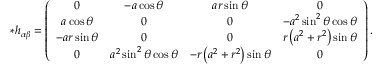
* h _ { \alpha \beta } = \left( \begin{array} { c c c c } { 0 } & { - a \cos \theta } & { a r \sin \theta } & { 0 } \\ { a \cos \theta } & { 0 } & { 0 } & { - a ^ { 2 } \sin ^ { 2 } \theta \cos \theta } \\ { - a r \sin \theta } & { 0 } & { 0 } & { r \left( a ^ { 2 } + r ^ { 2 } \right) \sin \theta } \\ { 0 } & { a ^ { 2 } \sin ^ { 2 } \theta \cos \theta } & { - r \left( a ^ { 2 } + r ^ { 2 } \right) \sin \theta } & { 0 } \end{array} \right) .